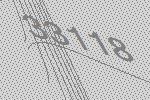
33118